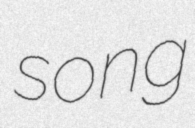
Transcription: song